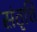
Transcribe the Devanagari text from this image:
संतृत्ति